Kambja_algkool, lk 51
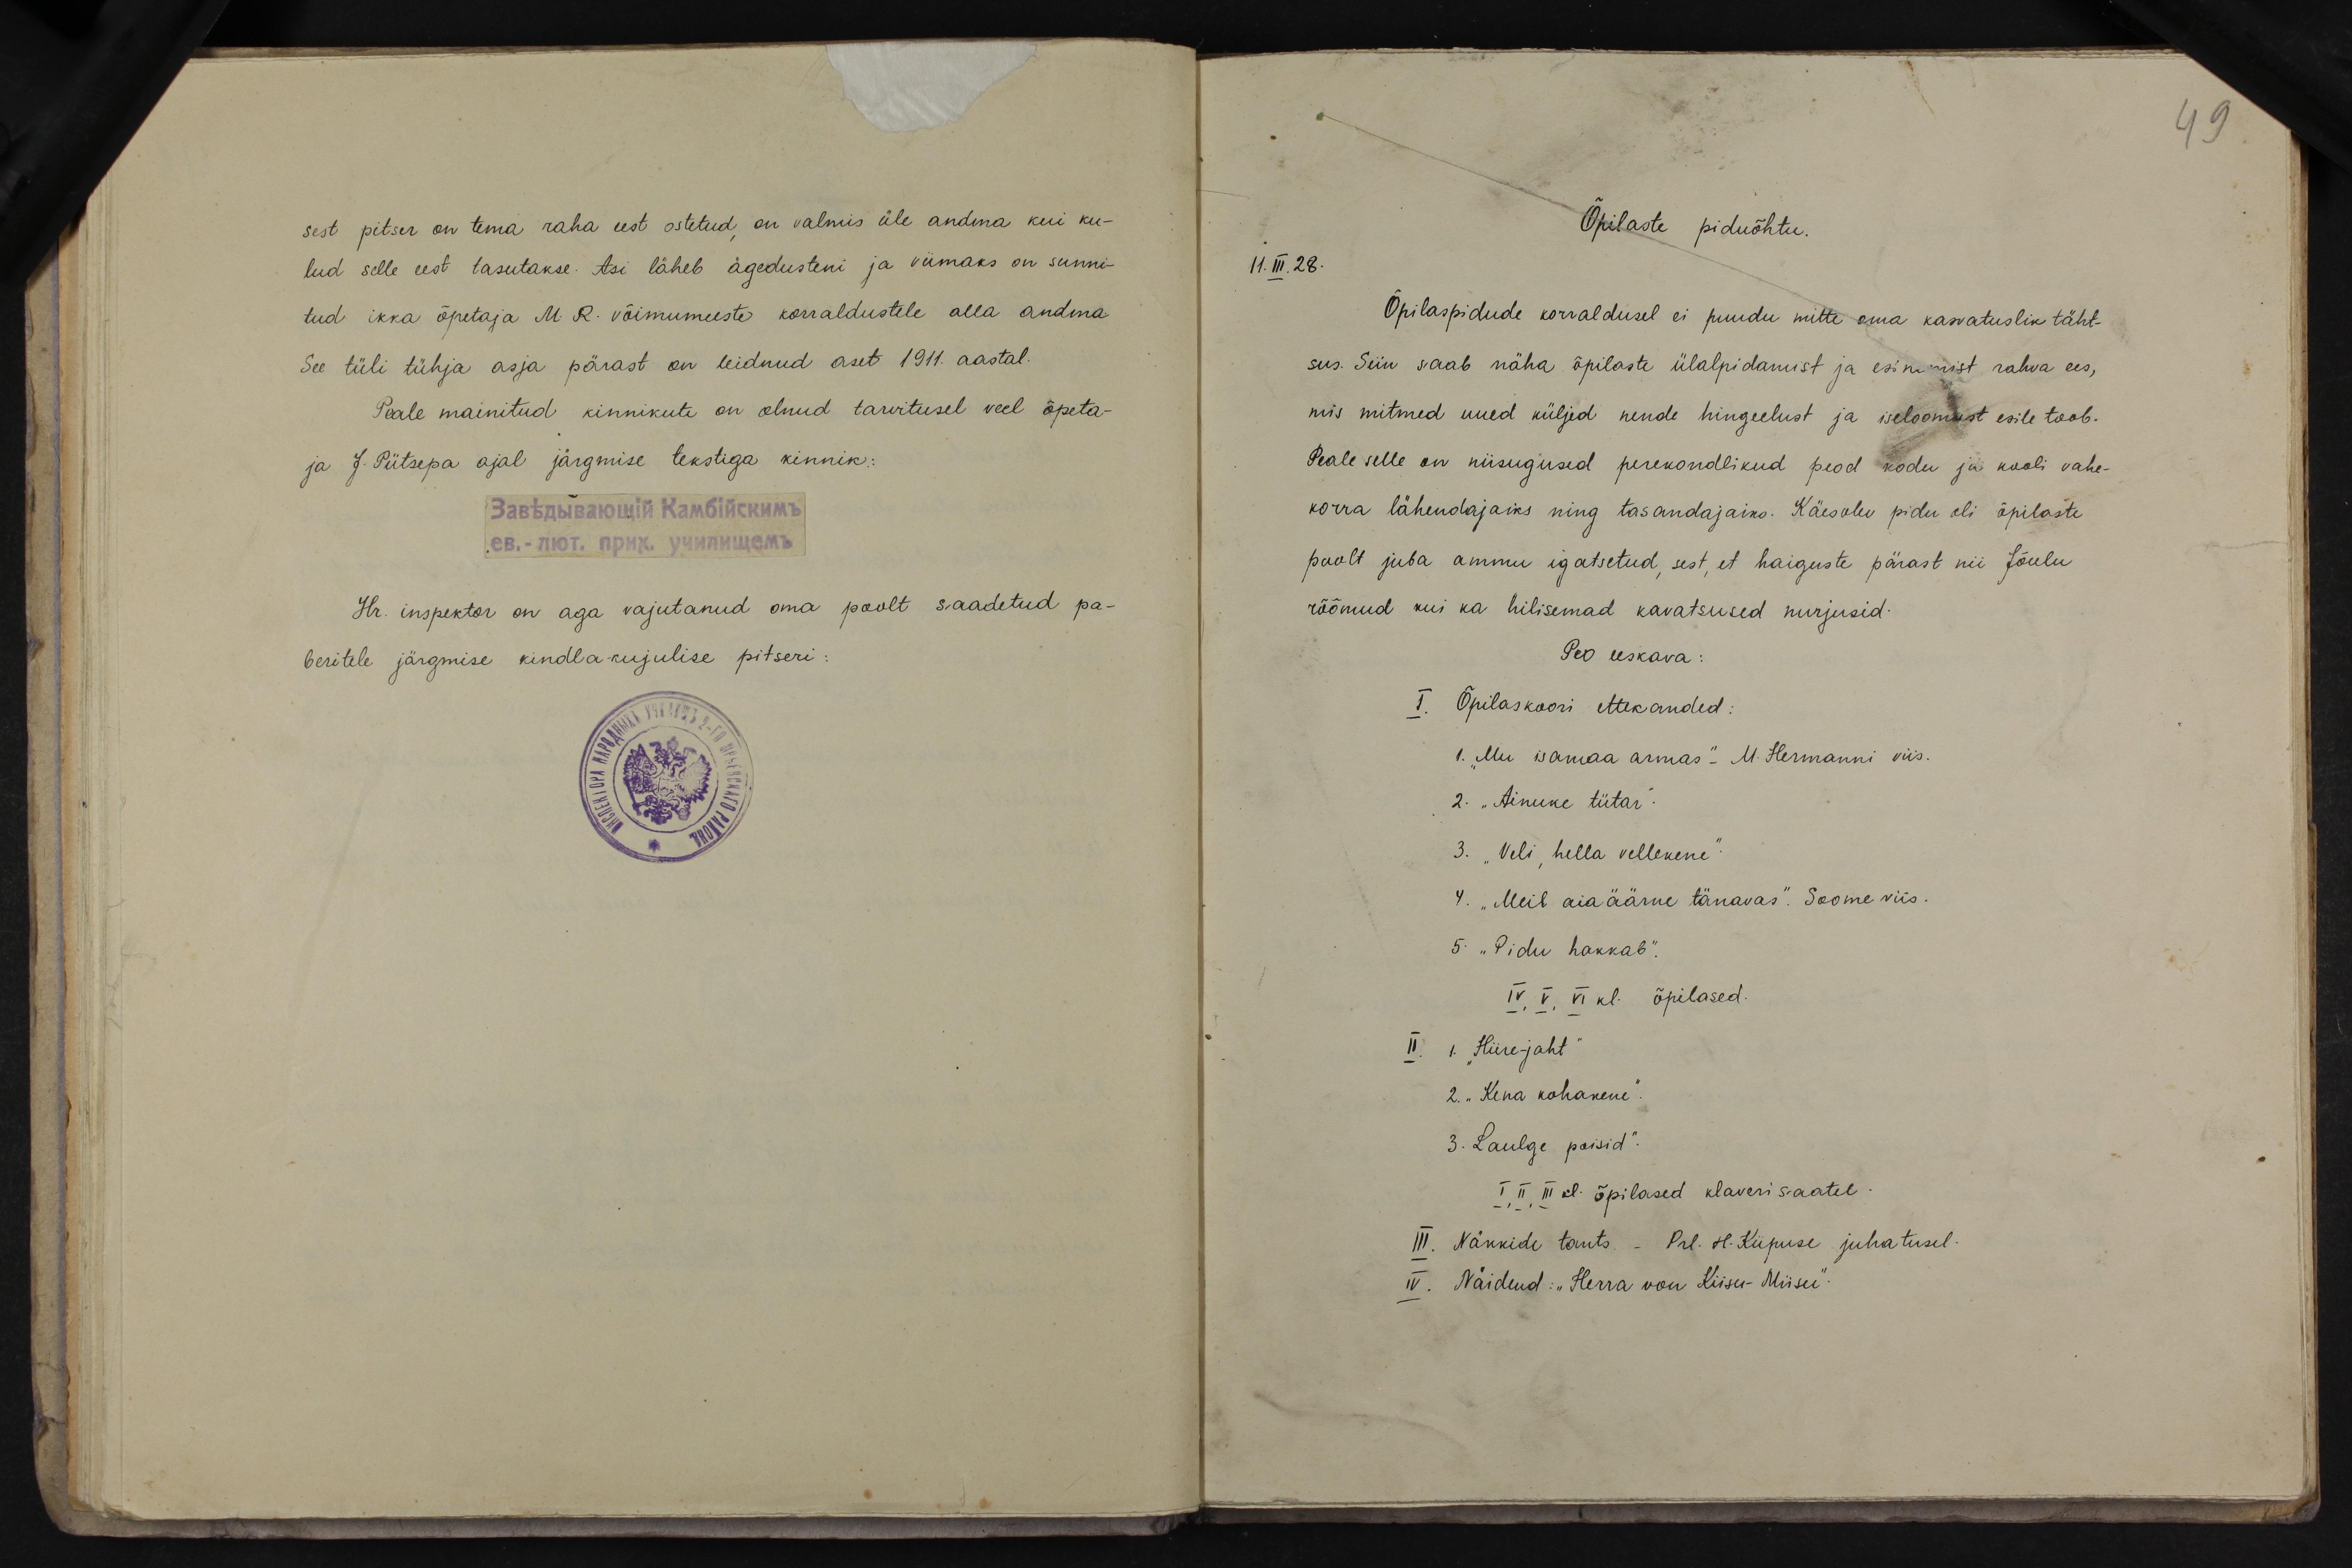
49

sest pitser on tema raha eest ostetud, on valmis üle andma kui ku-
lud selle eest tasutakse. Asi läheb ägedusteni ja viimaks on sunni-
tud ikka õpetaja M. R. võimumeeste korraldustele alla andma
See tüli tühja asja pärast on leidnud aset 1911. aastal.
Peale mainitud kinnikute on olnud tarvitusel veel õpeta-
ja J. Pütsepa ajal järgmise tekstiga kinnik:
Hr. inspektor on aga vajutanud oma poolt saadetud pa-
beritele järgmise kindlakujulise pitseri:

Õpilaste piduõhtu.
11. III. 28.
Õpilaspidude korraldusel ei puudu mitte oma kasvatuslik täht-
sus. Siin saab näha õpilaste ülalpidamist ja esinemist rahva ees,
mis mitmed uued küljed nende hingeelust ja iseloomust esile toob.
Peale selle on niisugused perekondlikud peod kodu ja kooli vahe-
korra lähendajaiks ning tasandajaks. Käesolev pidu oli õpilaste
poolt juba ammu igatsetud, sest, et haiguste pärast nii Jõulu
rõõmud kui ka hilisemad kavatsused nurjusid:
Peo eeskava:
I. Õpilaskoori ettekanded:
1. "Mu isamaa armas." M. Hermanni viis.
2. "Ainuke tütar.
3. "Veli, hella vellekene".
4. „Meil aiaäärne tänavas". Soome viis.
5 "Pidu hakkab".
IV, IV, VI kl. õpilased.
II. 1. Hiire-jaht"
2. "Kena kohakene".
3. Laulge poisid".
I, II, III kl. õpilased klaveri saatel.
III. Näkkide tants - Prl. H. Kiipuse juhatusel.
IV. Näidend: "Herra von Kiisu-Miisu".